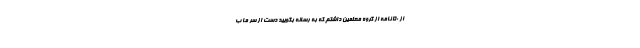
از ۵۰ نامه از گروه معلمین داشتم که به رسانه بگویید دست از سر ما ب